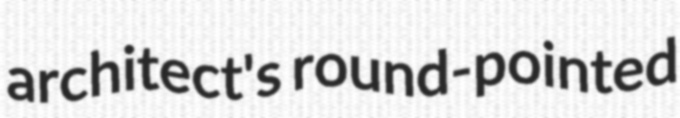
architect's round-pointed